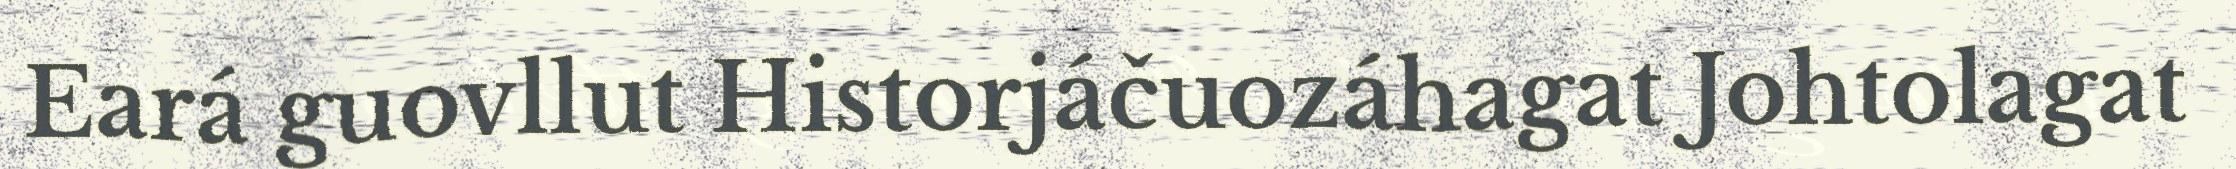
Eará guovllut Historjáčuozáhagat Johtolagat